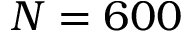
N = 6 0 0